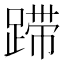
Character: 𰸚